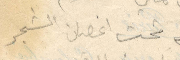
تحت اغصان الشجر